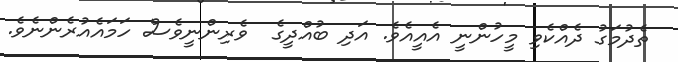
ތެދުމަގު ދެއްކެވި މީހުންނީ އެއީއެވެ. އަދި ބުއްދީގެ  ވެރިންނީވެސް ހަމައެއުރެންނެވެ.